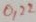
Text: 0,22